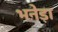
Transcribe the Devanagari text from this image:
भनेड़ा